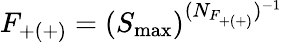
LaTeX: F_{+(+)}=(S_{\mathrm{max}})^{(N_{F_{+(+)}})^{-1}}